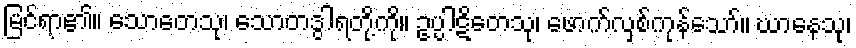
မြင်ရာ၏။ သောတေသု၊ သောတဒွါရတို့ကို။ ဥပ္ပါဋိတေသု၊ ဖောက်လှစ်ကုန်သော်။ ဃာနေသု၊